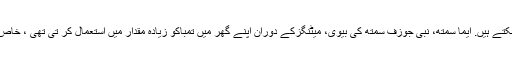
صحت کے قانون بارے ہم تعلیم اور عہد کے 89 میں مزید جان سکتے ہیں. ایما سمتھ، نبی جوزف سمتھ کی بیوی، میٹنگزکے دوران اپنے گھر میں تمباکو زیادہ مقدار میں استعمال کر تی تھی ، خاص طور تب جب مرد تمبا کوکا رس اس کے فرش پر تھوکتے تھے۔